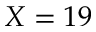
X = 1 9